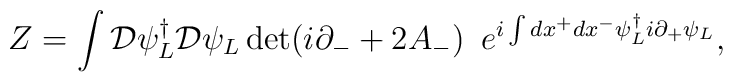
Z = \int {\cal D} \psi^{\dagger}_L {\cal D}\psi_L  \det ( i \partial_- +2A_- ) \,\,\,e^{i\int dx^+ dx^- \psi^{\dagger}_L i\partial_+ \psi_L},